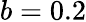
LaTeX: b=0.2